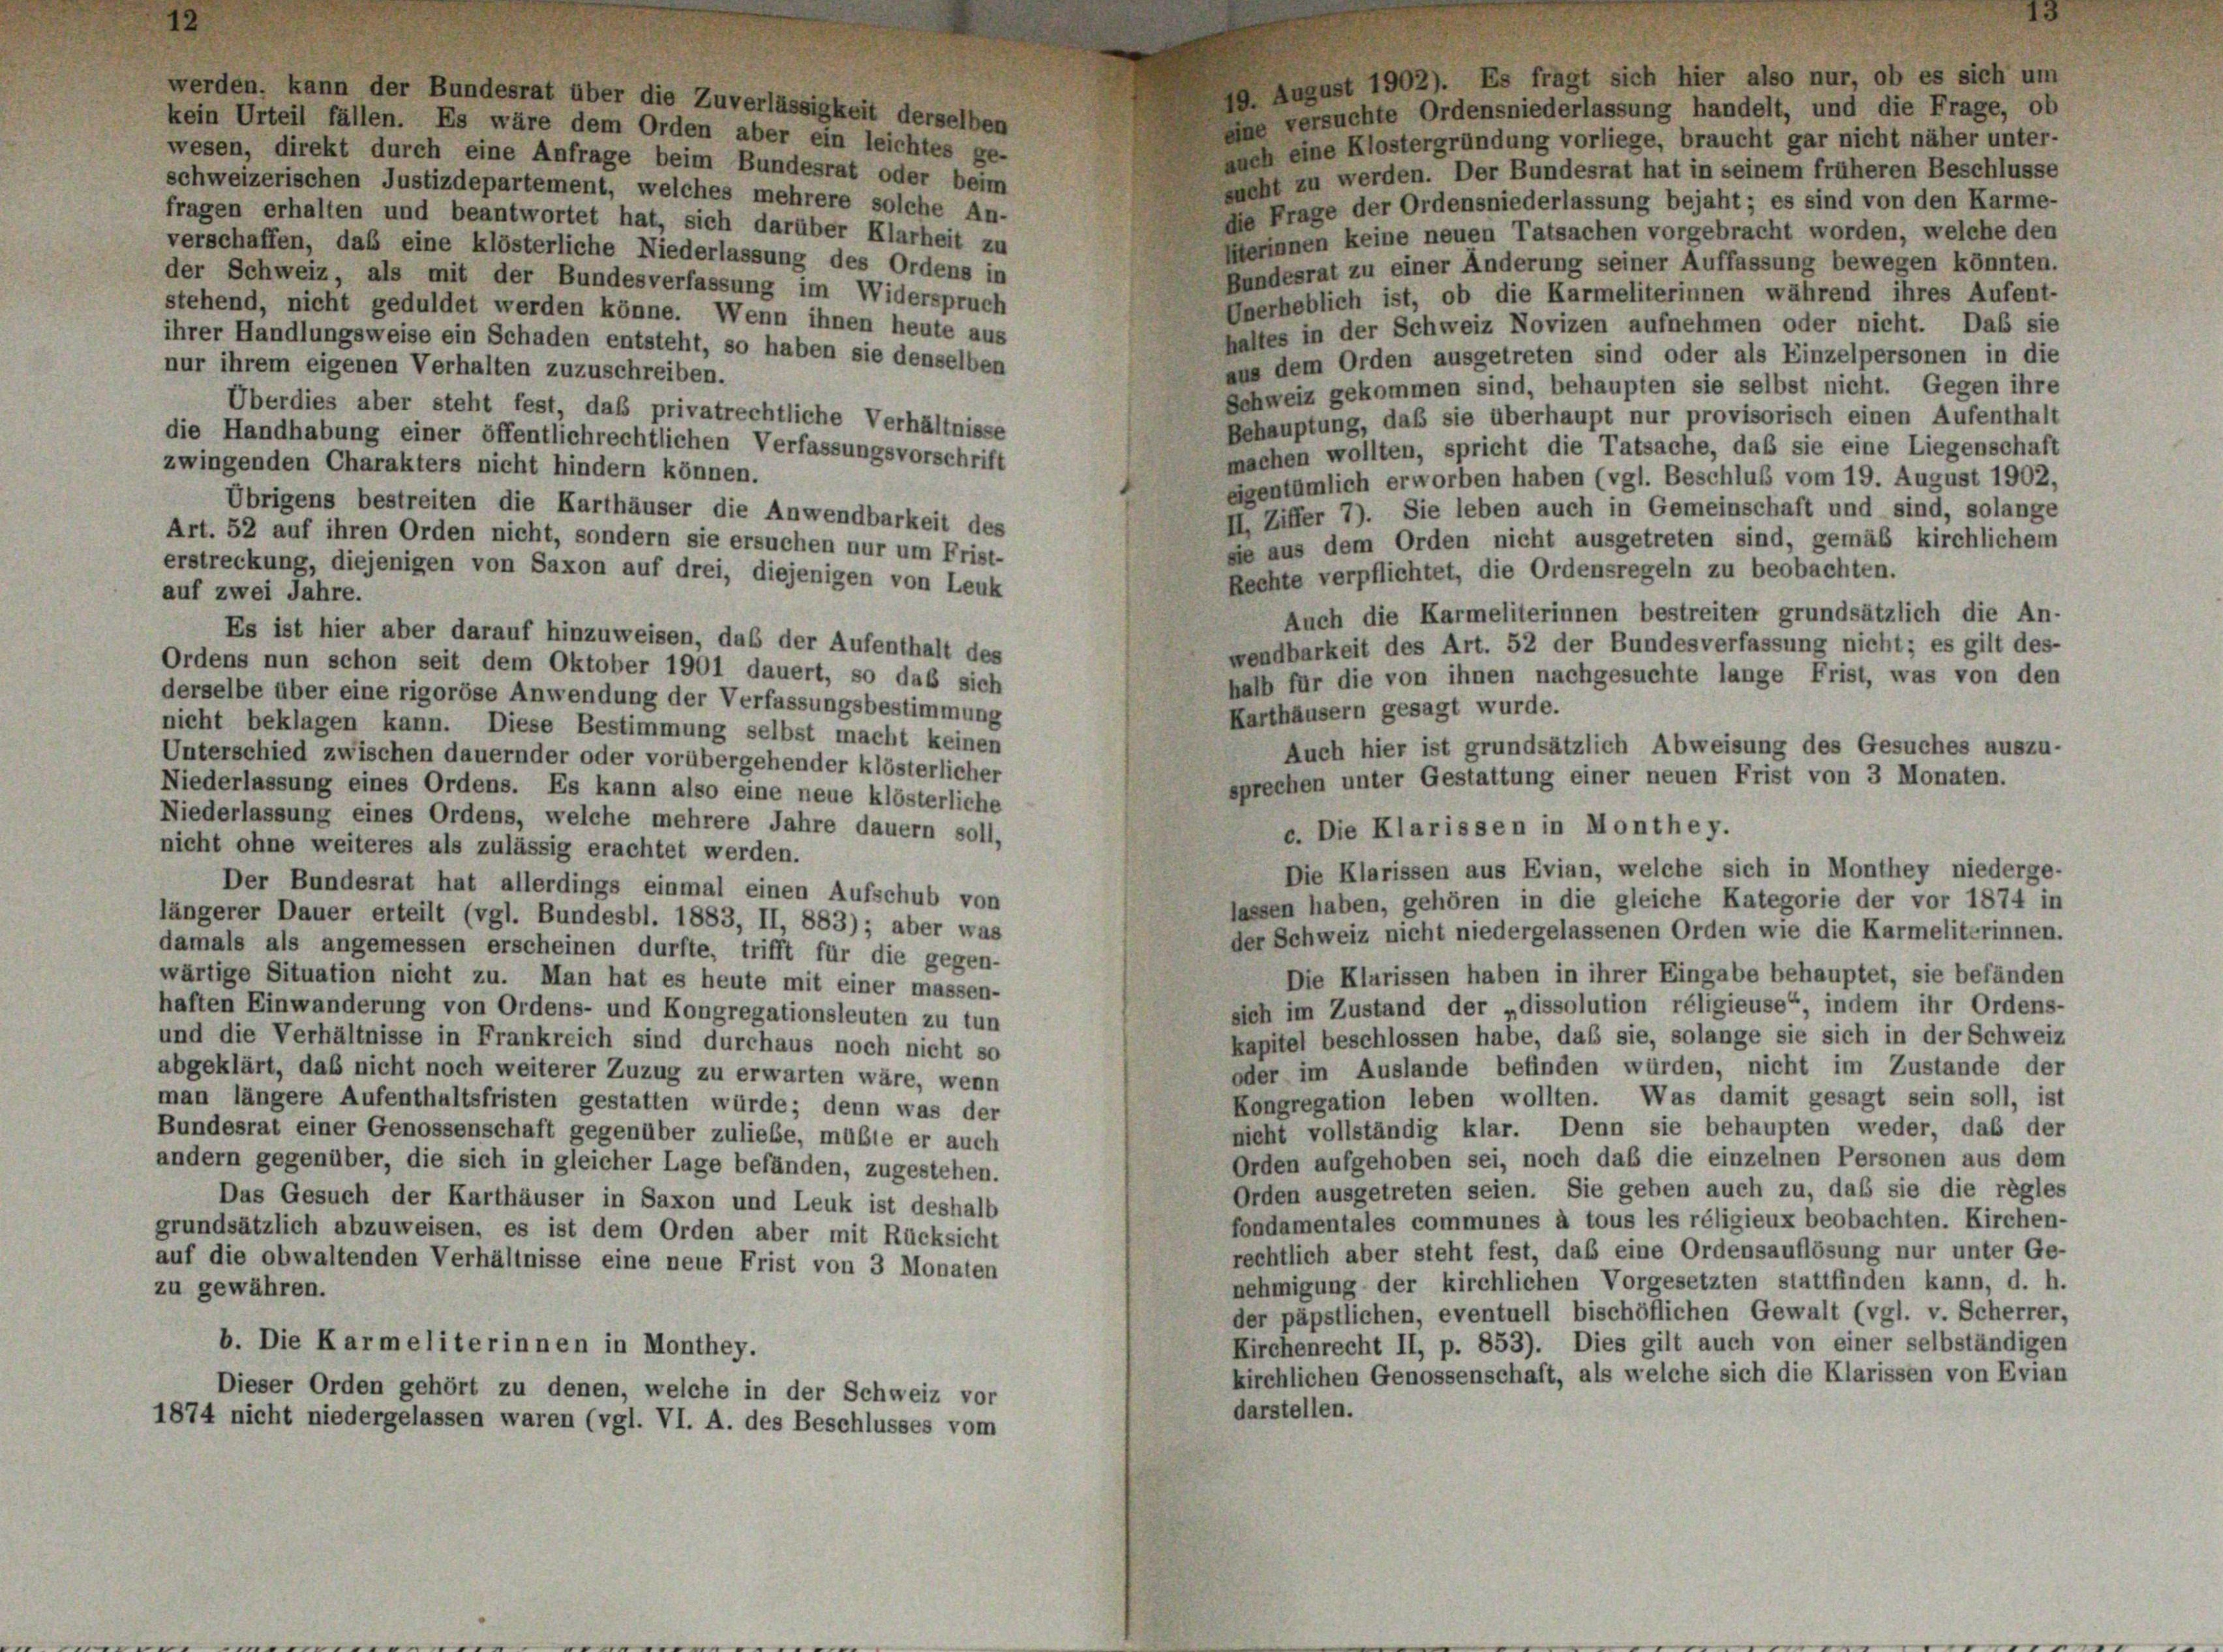
19. August 1902). Es fragt sich hier also nur, ob es sich um
eine versuchte Ordensniederlassung handelt, und die Frage, ob
kein Urteil fällen. Es wäre dem Orden aber ein leichtes ge-
auch eine Klostergründung vorliege, braucht gar nicht näher unter-
wesen, direkt durch eine Anfrage beim Bundesrat oder beim
sucht zu werden. Der Bundesrat hat in seinem früheren Beschlüsse
schweizerischen Justizdepartement, welches mehrere solche An-
die Frage der Ordensniederlassung bejaht; es sind von den Karme-
fragen erhalten und beantwortet hat, sich darüber Klarheit zu
lerinnen keine neuen Tatsachen vorgebracht worden, welche den
verschaffen, daß eine klösterliche Niederlassung des Ordens in
Bundesrat zu einer Änderung seiner Auffassung bewegen könnten.
der Schweiz, als mit der Bundesverfassung im Widerspruch
Unerheblich ist, ob die Karmeliterinnen während ihres Aufent-
stehend, nicht geduldet werden könne. Wenn ihnen heute aus
haltes in der Schweiz Novizen aufnehmen oder nicht. Das sie
ihrer Handlungsweise ein Schaden entsteht, so haben sie denselben
aus dem Orden ausgetreten sind oder als Einzelpersonen in die
nur ihrem eigenen Verhalten zuzuschreiben.
Schweiz gekommen sind, behaupten sie selbst nicht. Gegen ihre
Überdies aber steht fest, daß privatrechtliche Verhältnisse
Behauptung, daß sie überhaupt nur provisorisch einen Aufenthalt
die Handhabung einer öffentlichrechtlichen Verfassungsvorschrift
machen wollten, spricht die Tatsache, daß sie eine Liegenschaft
zwingenden Charakters nicht hindern können.
eigentümlich erworben haben (vgl. Beschluß vom 19. August 1902,
Übrigens bestreiten die Karthäuser die Anwendbarkeit des
II. Ziffer 7). Sie leben auch in Gemeinschaft und sind, solange
Art. 52 auf ihren Orden nicht, sondern sie ersuchen nur um Frist-
sie aus dem Orden nicht ausgetreten sind, gemäß kirchlichem
erstreckung, diejenigen von Saxon auf drei, diejenigen von Leuk
Rechte verpflichtet, die Ordensregeln zu beobachten.
auf zwei Jahre.
Auch die Karmeliterinnen bestreiten grundsätzlich die An-
Es ist hier aber darauf hinzuweisen, das der Aufenthalt des
wendbarkeit des Art. 52 der Bundesverfassung nicht; es gilt des-
Ordens nun schon seit dem Oktober 1901 dauert, so daß sich
halb für die von ihnen nachgesuchte lange Frist, was von den
derselbe über eine rigoröse Anwendung der Verfassungsbestimmung
Karthäusern gesagt wurde.
nicht beklagen kann. Diese Bestimmung selbst macht keinen
Auch hier ist grundsätzlich Abweisung des Gesuches auszu-
Unterschied zwischen dauernder oder vorübergehender klösterlicher
sprechen unter Gestattung einer neuen Frist von 3 Monaten.
Niederlassung eines Ordens. Es kann also eine neue klösterliche
Niederlassung eines Ordens, welche mehrere Jahre dauern soll,
c. Die Klarissen in Monthey.
nicht ohne weiteres als zulässig erachtet werden.
Die Klarissen aus Evian, welche sich in Monthey niederge-
Der Bundesrat hat allerdings einmal einen Aufschub von
lassen haben, gehören in die gleiche Kategorie der vor 1874 in
längerer Dauer erteilt (vgl. Bundesbl. 1883, II, 883); aber was
der Schweiz nicht niedergelassenen Orden wie die Karmeliterinnen.
damals als angemessen erscheinen durfte, trifft für die gegen-
Die Klarissen haben in ihrer Eingabe behauptet, sie befänden
wärtige Situation nicht zu. Man hat es heute mit einer massen-
sich im Zustand der „dissolution réligieuse“, indem ihr Ordens-
haften Einwanderung von Ordens- und Kongregationsleuten zu tun
kapitel beschlossen habe, daß sie, solange sie sich in der Schweiz
und die Verhältnisse in Frankreich sind durchaus noch nicht so
oder im Auslande befinden würden, nicht im Zustande der
abgeklärt, daß nicht noch weiterer Zuzug zu erwarten wäre, wenn
Kongregation leben wollten. Was damit gesagt sein soll, ist
man längere Aufenthaltsfristen gestatten würde; denn was der
nicht vollständig klar. Denn sie behaupten weder, daß der
Bundesrat einer Genossenschaft gegenüber zuliebe, müßte er auch
Orden aufgehoben sei, noch daß die einzelnen Personen aus dem
andern gegenüber, die sich in gleicher Lage befänden, zugestehen.
Orden ausgetreten seien. Sie geben auch zu, daß sie die règles
Das Gesuch der Karthäuser in Saxon und Leuk ist deshalb
fondamentales communes à tous les réligieux beobachten. Kirchen-
grundsätzlich abzuweisen, es ist dem Orden aber mit Rücksicht
rechtlich aber steht fest, das eine Ordensauflösung nur unter Ge-
auf die obwaltenden Verhältnisse eine neue Frist von 3 Monaten
nehmigung der kirchlichen Vorgesetzten stattfinden kann, d. h.
zu gewähren.
der päpstlichen, eventuell bischöflichen Gewalt (vgl. v. Scherrer,
Kirchenrecht II, p. 853). Dies gilt auch von einer selbständigen
b. Die Karmeliterinnen in Monthey.
kirchlichen Genossenschaft, als welche sich die Klarissen von Evian
Dieser Orden gehört zu denen, welche in der Schweiz vor
darstellen.
1874 nicht niedergelassen waren (vgl. VI. A. des Beschlusses vom

werden, kann der Bundesrat über die Zuverlässigkeit derselben